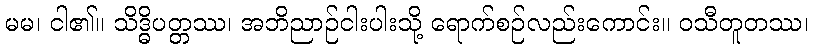
မမ၊ ငါ၏။ သိဒ္ဓိပတ္တဿ၊ အဘိညာဉ်ငါးပါးသို့ ရောက်စဉ်လည်းကောင်း။ ဝသီတူတဿ၊